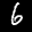
Label: 6